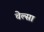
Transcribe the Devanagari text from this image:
चेल्सा